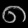
Digit: ၈